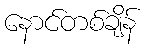
နောင်တစ်ချိန်